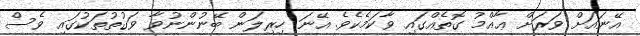
އޭނައަށް ވަރަށް ޢާއްމު ގޮތެއްގައި ވާކަމެކެވެ. އޭނަ ހިރިލަން ބޭނުންނުވާ ވަގުތުތަކުގައި ވެސް